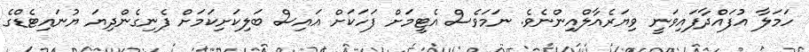
ހަމަލާ އުފައްދާފައިވަނީ ވިޔަރެއާލްއިންނެވެ. ނަމަވެސް އެޓީމަށް ފަހަކަށް އައިސް ބަލިކަށިކަމަށް ފެނިގެންދިޔަ ޔުނައިޓެޑްގެ